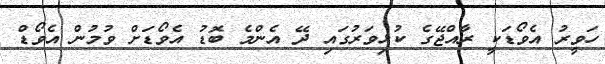
ހަވީރު އެވޯޑަކީ ރާއްޖޭގެ ކުޅިވަރުގައި ދޭ އެންމެ ބޮޑު އެވޯޑަށް ވުމުން އެވޯޑް